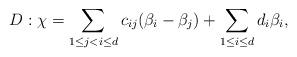
LaTeX: \begin{align*}D: \chi=\sum_{1\leq j<i\leq d}c_{ij}(\beta_i-\beta_j)+\sum_{1\leq i\leq d} d_i\beta_i,\end{align*}